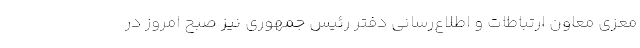
معزی معاون ارتباطات و اطلاع‌رسانی دفتر رئیس جمهوری نیز صبح امروز در